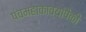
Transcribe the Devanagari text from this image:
पंचमहाकाव्यांपैकी